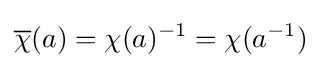
{\overline {\chi }}(a)=\chi (a)^{-1}=\chi (a^{-1})